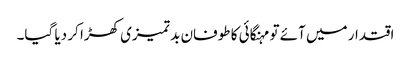
اقتدار میں آئے تو مہنگائی کا طوفان بد تمیزی کھڑا کر دیا گیا۔